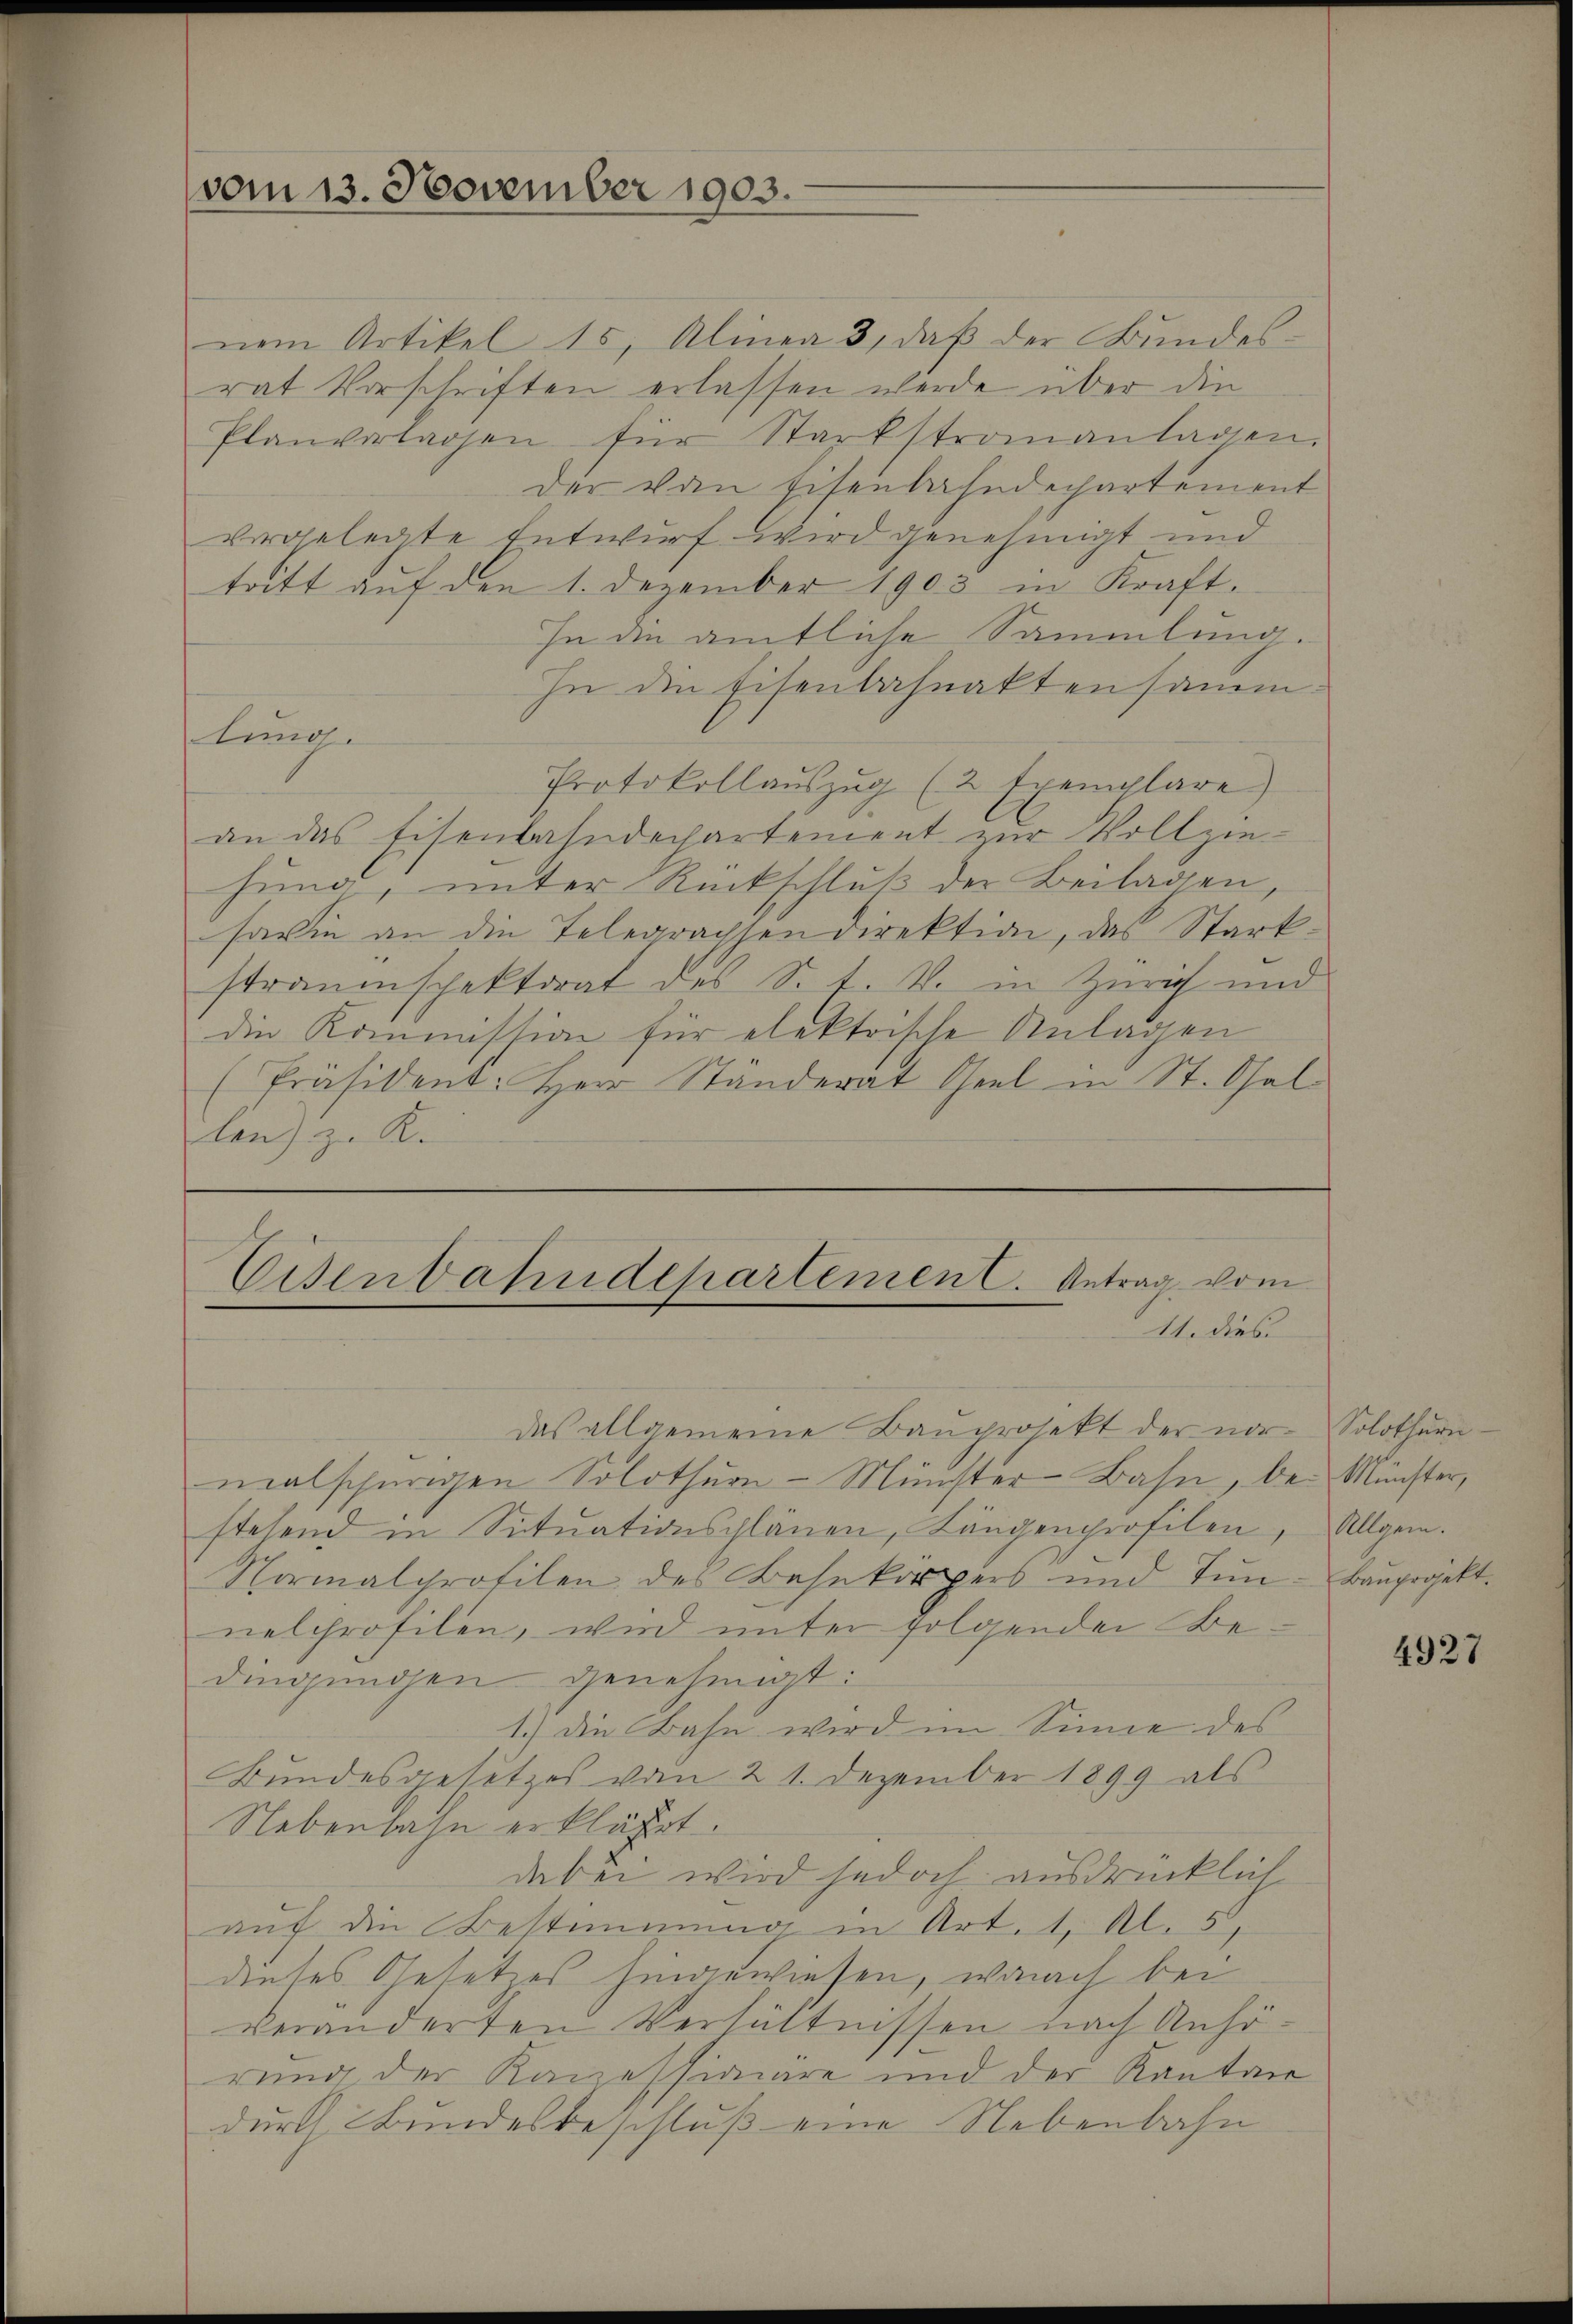
vom 13. November 1903.

nem Artikel 15, Alinea 3, daβ der Bundes-
rat Vorschriften erlassen werde über die
Planvertagen für Starkstromantagen.
der von Eisenbahndepartement
bergelegte Entwurf wird genehmigt und
tritt auf den 1. Dezember 1903 in Kraft.
In die amtliche Sammlung.
In die Eisenbahnaktensammlung.
Protokollaŭszŭg (2 Exemplare)
an das Eisenbahndepartement zŭr Vollzie-
hŭng ŭnter Rückschlŭβ der Beilagen,
sawie an die Telegrachsen direktion, das Stark.
straumspektorat des S. F. V. in Zürich und
die Kommission für elektrische Anlagen
(Präsident. Herr Ständerat Seel in St. Gal-
len) z. R.

Eisenbahndepartement. Antrag vom
11. dies

das allgemeine Bauprojekt der nor-Solothurn
malscherigen Solothurn - Minister-Bahn, bei Münster,
stehend in Sitŭationsplänen, Längenprofilen, Allgem.
Normalprofilen des Bahnkörpers und Tŭn-Bauprojekt.
nelchrofilen, wird unter folgenden Bedingungen genehmigt:
1.) Die Bahn wird im Sinne des
Bundesgesetzes vom 21. Dezember 1899 als
Nebenhahn erklärt.
dabei wird jedoch ausdrücklich
auf die Bestimmung in Art. 1, Al. 5,
dieses Gesetzes hingewiesen, wonach bei
veränderten Verhältnissen nach Anhörung der Kanzessionäre und der Kanton
durch Bundesbeschluß eine Nebenbahn

4927